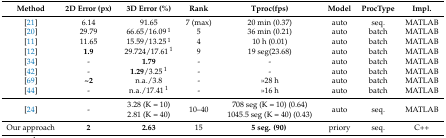
| Method | 2D Error (px) | 3D Error (%) | Rank | Tproc (fps) | Model | ProcType | Impl. |
 | --- | --- | --- | --- | --- | --- | --- | --- |
 | [21] | 6.14 | 91.65 | 7 (max) | 20 min (0.37) | auto | seq. | MATLAB |
 | [20] | 29.79 | 66.65/16.09 1 | 5 | 36 min (0.21) | auto | batch | MATLAB |
 | [11] | 11.65 | 15.59/13.25 1 | 4 | 10 h (0.01) | auto | batch | MATLAB |
 | [12] | 1.9 | 29.724/17.61 1 | 9 | 19 seg(23.68) | auto | batch | MATLAB |
 | [34] | - | 1.79 | - | - | auto | batch | MATLAB |
 | [42] | - | 1.29/3.25 1 | - | - | auto | batch | MATLAB |
 | [69] | ~2 | n.a./3.8 | - | >>28 h | auto | batch | MATLAB |
 | [44] | - | n.a./17.41 1 | - | >>16 h | auto | batch | MATLAB |
 | [24] | - | 3.28 (K = 10)2.81 (K = 40) | 10–40 | 708 seg (K = 10) (0.64)1045.5 seg (K = 40) (0.43) | auto | seq. | MATLAB |
 | Our approach | 2 | 2.63 | 15 | 5 seg. (90) | priory | seq. | C++ |